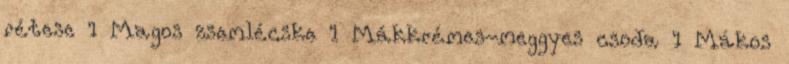
rétese 1 Magos zsemlécske 1 Mákkrémes-meggyes csoda 1 Mákos